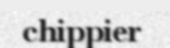
chippier